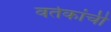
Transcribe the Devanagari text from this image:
वर्तकांची